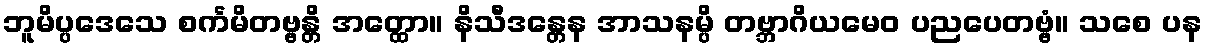
ဘူမိပ္ပဒေသေ စင်္ကမိတဗ္ဗန္တိ အတ္ထော။ နိသီဒန္တေန အာသနမ္ပိ တဗ္ဘာဂိယမေဝ ပညပေတဗ္ဗံ။ သစေ ပန